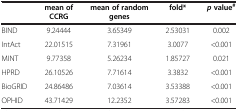
|  | mean of CCRG | mean of random genes | fold* | p value# |
 | --- | --- | --- | --- | --- |
 | BIND | 9.24444 | 3.65349 | 2.53031 | 0.002 |
 | IntAct | 22.01515 | 7.31961 | 3.0077 | <0.001 |
 | MINT | 9.77358 | 5.26234 | 1.85727 | 0.021 |
 | HPRD | 26.10526 | 7.71614 | 3.3832 | <0.001 |
 | BioGRID | 24.86486 | 7.03614 | 3.53388 | <0.001 |
 | OPHID | 43.71429 | 12.2352 | 3.57283 | <0.001 |